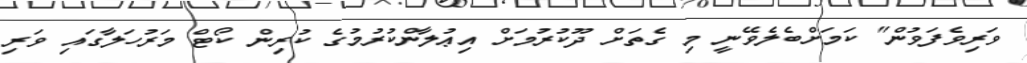
ވަރިވެފަވުން" ކަމަށްބެލެވޭނީ މި ގެތަށް ދޫކުރުމަށް އިޢުލާންކުރުމުގެ ކުރިން ކޯޓް މަރުހަލާގައި ވަރި